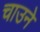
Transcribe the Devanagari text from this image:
चाउने